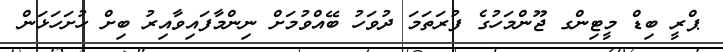
ޕްރީ ބިޑް މީޓިންގ ޖޫންމަހުގެ ފުރަތަމަ ދުވަހު ބޭއްވުމަށް ނިންމާފައިވާއިރު ބިށް ހުށަހަޅަން